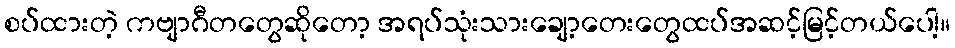
စပ်ထားတဲ့ ကဗျာဂီတတွေဆိုတော့ အရပ်သုံးသားချော့တေးတွေထပ်အဆင့်မြင့်တယ်ပေါ့။